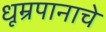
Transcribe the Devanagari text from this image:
धूम्रपानाचे